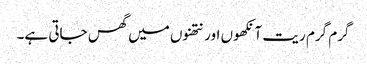
گرم گرم ریت آنکھوں اور نتھنوں میں گھس جاتی ہے۔